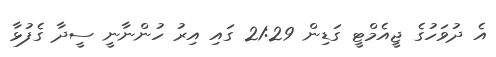
އެ ދުވަހުގެ ޖީއެމްޓީ ގަޑިން 21:29 ގައި އިރު ހުންނާނީ ސީދާ ގެފުޅާ